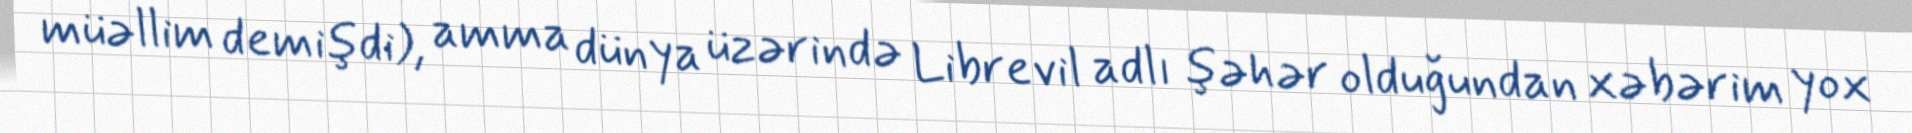
müəllim demişdi), amma dünya üzərində Librevil adlı şəhər olduğundan xəbərim yox